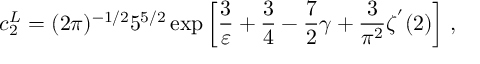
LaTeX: c _ { 2 } ^ { L } = ( 2 \pi ) ^ { - 1 / 2 } 5 ^ { 5 / 2 } \exp \left[ \frac { 3 } { \varepsilon } + \frac { 3 } { 4 } - \frac { 7 } { 2 } \gamma + \frac { 3 } { \pi ^ { 2 } } \zeta ^ { ' } ( 2 ) \right] \, ,